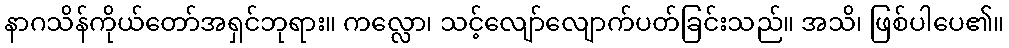
နာဂသိန်ကိုယ်တော်အရှင်ဘုရား။ ကလ္လော၊ သင့်လျော်လျောက်ပတ်ခြင်းသည်။ အသိ၊ ဖြစ်ပါပေ၏။